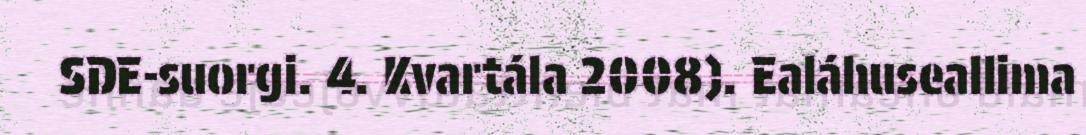
SDE-suorgi. 4. Kvartála 2008). Ealáhuseallima